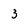
Character: 3